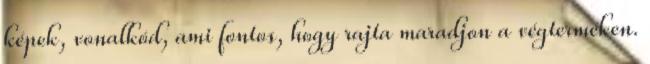
képek, vonalkód, ami fontos, hogy rajta maradjon a végterméken.